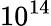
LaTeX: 10^{14}